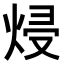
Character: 𭴵